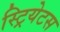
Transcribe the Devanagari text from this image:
स्ट्रियेटस